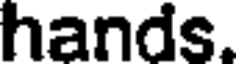
hands.